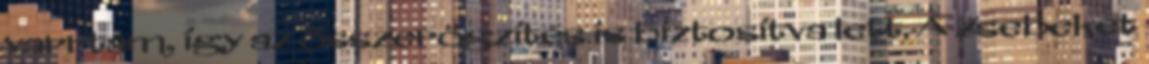
varrtam, így az összerögzítés is biztosítva lett. A zsebeket